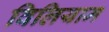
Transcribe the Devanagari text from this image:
विलियाम